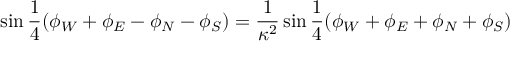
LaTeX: \sin { \frac { 1 } { 4 } ( \phi _ { W } + \phi _ { E } - \phi _ { N } - \phi _ { S } ) } = \frac { 1 } { \kappa ^ { 2 } } \sin { \frac { 1 } { 4 } ( \phi _ { W } + \phi _ { E } + \phi _ { N } + \phi _ { S } ) }